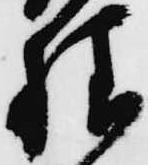
様